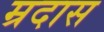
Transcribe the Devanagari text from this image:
म्रदास